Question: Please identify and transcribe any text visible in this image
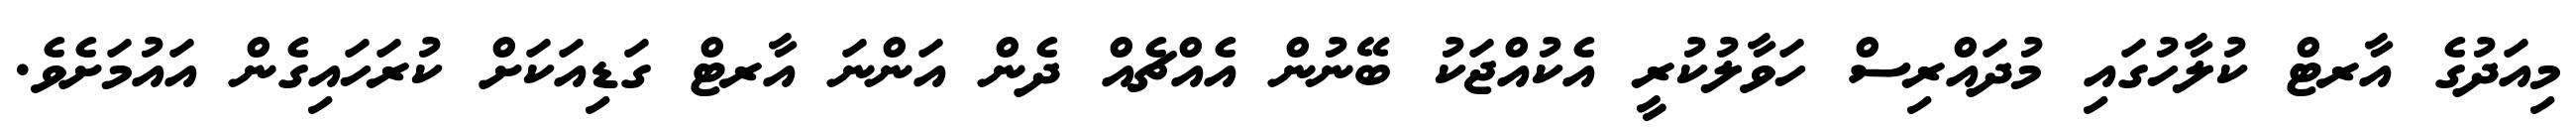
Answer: މިއަދުގެ އާރޓް ކުލާހުގައި މުދައްރިސް ހަވާލުކުރީ އެކުއްޖަކު ބޭނުން އެއްޗެއް ދެން އަންނަ އާރޓް ގަޑިއަކަށް ކުރަހައިގެން އައުމަށެވެ.